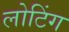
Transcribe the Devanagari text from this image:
लोटिंग